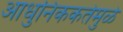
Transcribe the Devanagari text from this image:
आधुनिककतेमुळे